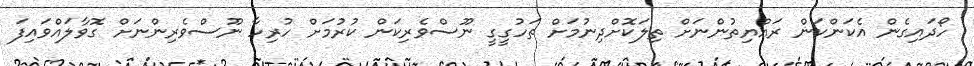
ހޯދައިގެން އެކަންކަން ރައްޔިތުންނަށް ތިލަކޮށްދިނުމަށް ތަހުގީގީ ނޫސްވެރިކަން ކުރުމަށް ހުރިހާ ނޫސްވެރިންނަށް ގޮވާލައްވައިފަ